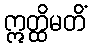
ဣတ္ထိမတိံ